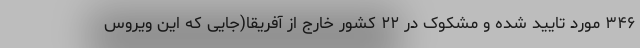
۳۴۶ مورد تایید شده و مشکوک در ۲۲ کشور خارج از آفریقا(جایی که این ویروس